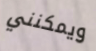
ويمكنني